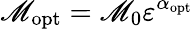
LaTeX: \mathscr{M}_{\mathrm{{opt}}}=\mathscr{M}_{0}\varepsilon^{\alpha_{\mathrm{{opt}}}}